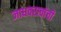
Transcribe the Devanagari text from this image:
जाधवरावांची